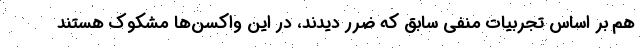
هم بر اساس تجربیات منفی سابق که ضرر دیدند، در این واکسن‌ها مشکوک هستند